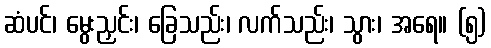
ဆံပင်၊ မွေးညှင်း၊ ခြေသည်း၊ လက်သည်း၊ သွား၊ အရေ။ (၅)